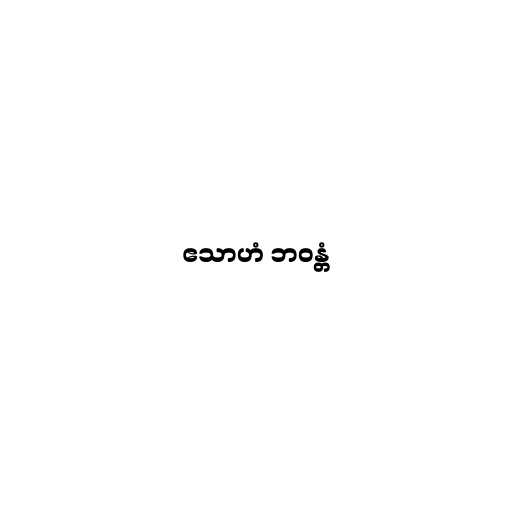
ဧသာဟံ ဘဝန္တံ